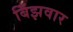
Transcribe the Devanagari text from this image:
बिँझवार